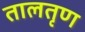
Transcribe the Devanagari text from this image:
तालतृण